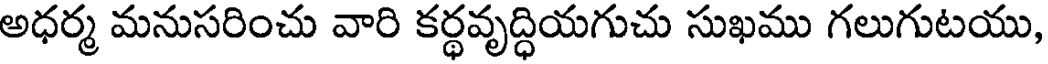
అధర్మ మనుసరించు వారి కర్థవృద్ధియగుచు సుఖము గలుగుటయు,